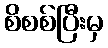
စိစစ်ပြီးမှ